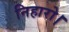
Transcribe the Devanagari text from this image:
निहारो।